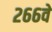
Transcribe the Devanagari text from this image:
२६६वे